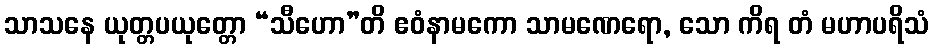
သာသနေ ယုတ္တပယုတ္တော “သီဟော”တိ ဧဝံနာမကော သာမဏေရော, သော ကိရ တံ မဟာပရိသံ